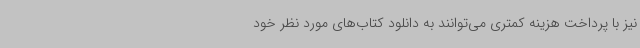
نیز با پرداخت هزینه کمتری می‌توانند به دانلود کتاب‌های مورد نظر خود